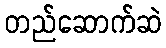
တည်ဆောက်ဆဲ